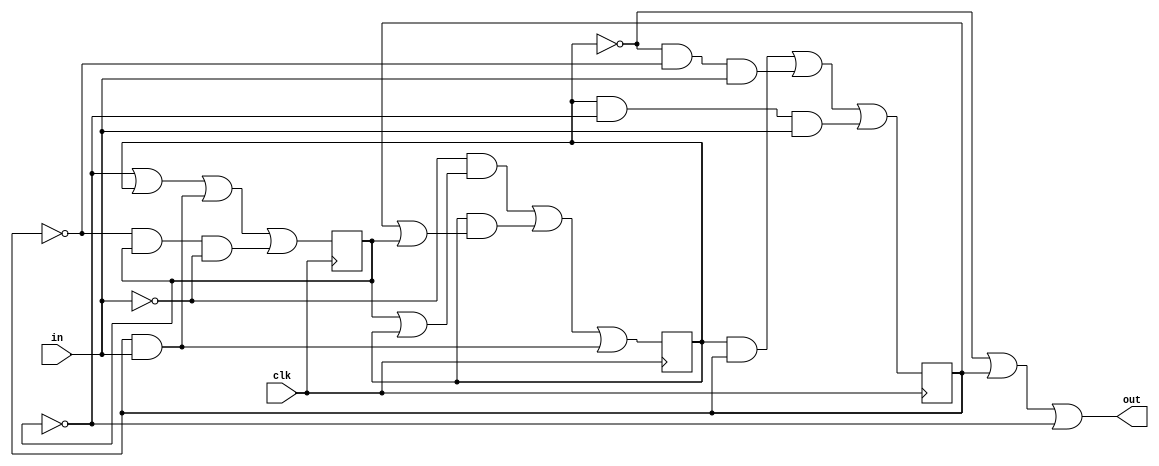
module fsm (in, clk, out);

	input in;
	input clk;
	reg a,b,c;
	output wire out;

	initial begin
		a = 0; b = 0; c = 0;
	end
               
	always @(posedge clk) begin 
		a <= (~in & (c | a)) | (a & (b | c)) | (b & in);
		b <= (a & b) | (~a & ~b & in) | (a & ~c & in);
		c <= ~c | a | (b & in) | (~b & c & ~in);
    end

	assign out = ~a | b | ~c;

endmodule